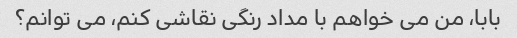
بابا، من می خواهم با مداد رنگی نقاشی کنم، می توانم؟